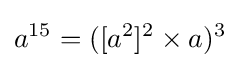
a^{15}=([a^{2}]^{2}\times a)^{3}